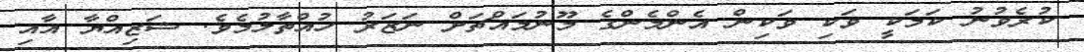
ކުރެވުނު ކަމަކީ ވަކި ވަކިން އެންމެންގެ މޫނުމައްޗަށް ނަޒަރު ހުއްތާލުމެވެ. ޝަޒިއްޔާ އާއި